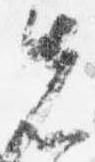
先